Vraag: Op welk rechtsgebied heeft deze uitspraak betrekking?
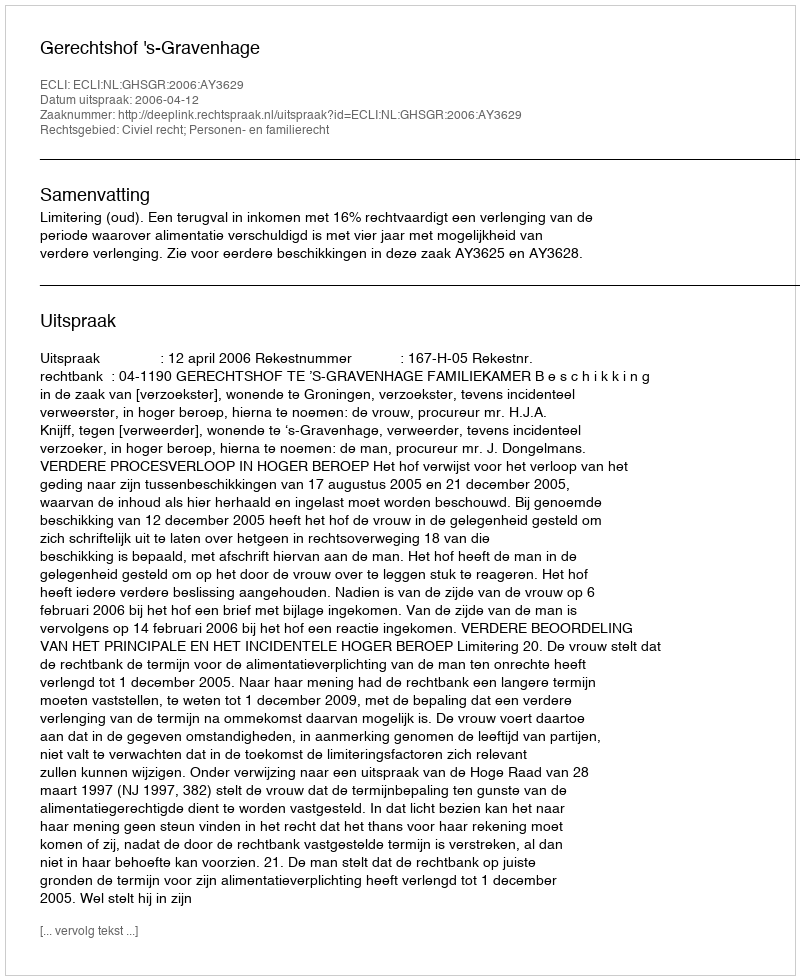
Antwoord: Civiel recht; Personen- en familierecht